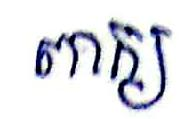
ពាក្យ